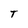
Character: T